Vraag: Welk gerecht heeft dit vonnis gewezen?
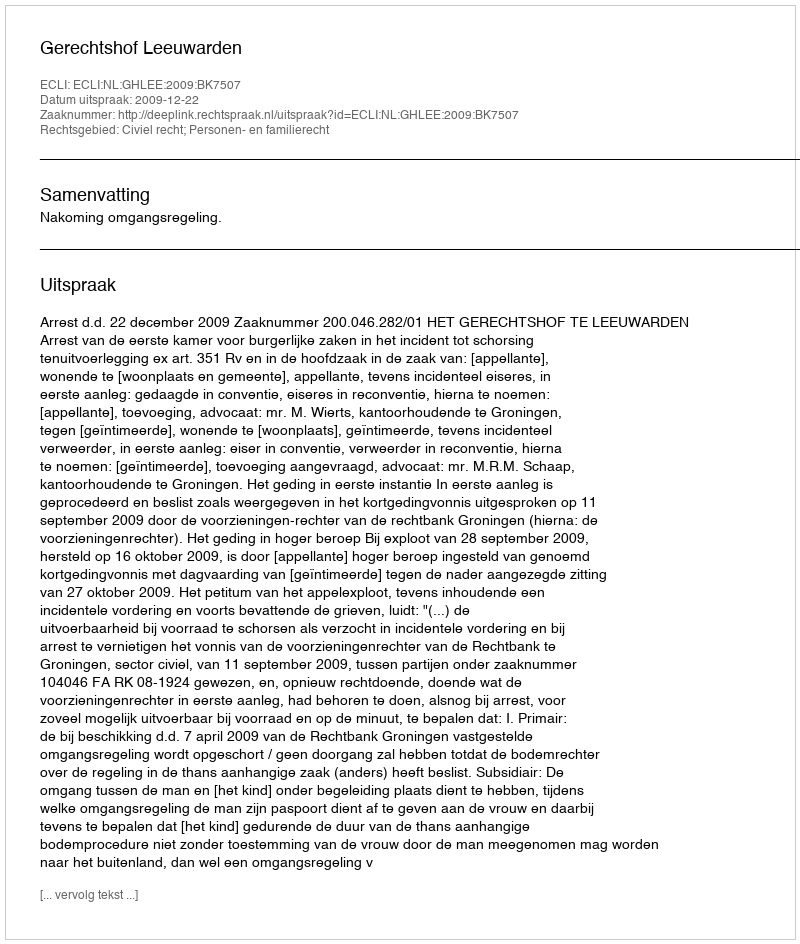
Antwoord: Gerechtshof Leeuwarden